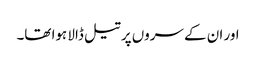
اور ان کے سروں پر تیل ڈالا ہوا تھا۔